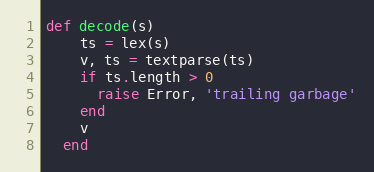
Language: Ruby
def decode(s)
    ts = lex(s)
    v, ts = textparse(ts)
    if ts.length > 0
      raise Error, 'trailing garbage'
    end
    v
  end